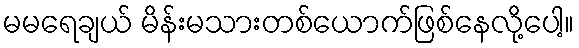
မမရေချယ် မိန်းမသားတစ်ယောက်ဖြစ်နေလို့ပေါ့။